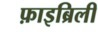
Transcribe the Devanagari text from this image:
फ़ाइब्रिली